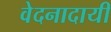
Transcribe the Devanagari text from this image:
वेदनादायी